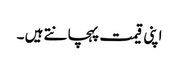
اپنی قیمت پہچانتے ہیں ۔